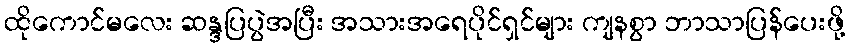
ထိုကောင်မလေး ဆန္ဒပြပွဲအပြီး အသားအရေပိုင်ရှင်များ ကျနစွာ ဘာသာပြန်ပေးဖို့